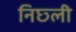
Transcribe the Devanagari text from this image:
निछ्ली